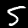
Digit: 5